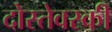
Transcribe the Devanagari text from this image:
दोस्तेवस्की